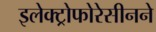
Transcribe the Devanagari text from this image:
इलेक्ट्रोफोरेसीनने